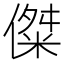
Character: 𪝨